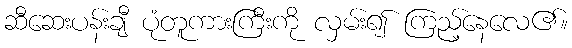
ဆီဆေးပန်းချီ ပုံတူကားကြီးကို လှမ်း၍ ကြည့်နေလေ၏။